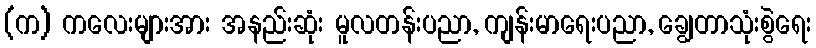
(က) ကလေးများအား အနည်းဆုံး မူလတန်းပညာ, ကျန်းမာရေးပညာ, ချွေတာသုံးစွဲရေး